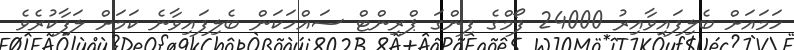
ހަމައަށް ބެލިފައިވާއިރު 24000 ފޯމްގެ ފިންގަ ޕްރިންޓް ސައްހަކަން ބެލިފައިވާނެ ކަމަށް ލަފާކުރެވެ